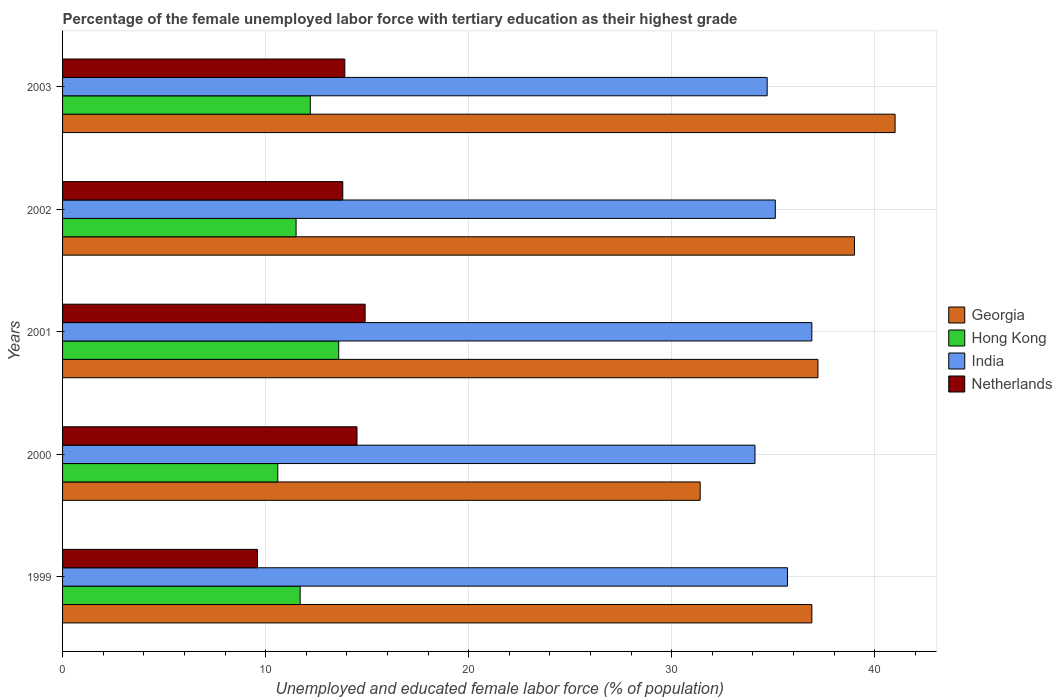
| Years | Georgia | Hong Kong | India | Netherlands |
 | --- | --- | --- | --- | --- |
 | 1999 | 36.9 | 11.7 | 35.7 | 9.6 |
 | 2000 | 31.4 | 10.6 | 34.1 | 14.5 |
 | 2001 | 37.2 | 13.6 | 36.9 | 14.9 |
 | 2002 | 39 | 11.5 | 35.1 | 13.8 |
 | 2003 | 41 | 12.2 | 34.7 | 13.9 |